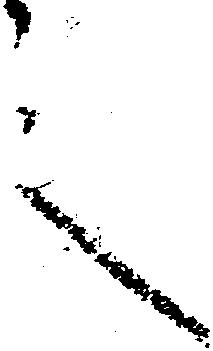
言